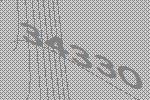
34330